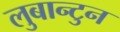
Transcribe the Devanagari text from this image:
लुबान्टुन